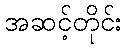
အဆင့်တိုင်း